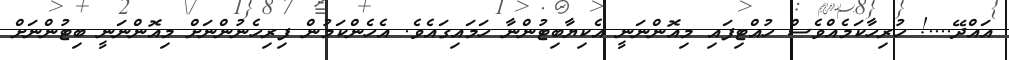
އައްދޭ....! ހުރިހާކަމެއްވެސް ހުއްޓިފައި މިއޮންނަނީ އެކިޔާބިޓުންނާ ހަމައިގައެވެ. އެހެންކަމުން ފިރިހެނުންނަށް މިއޮންނަނީ ބިޓުންނަށް